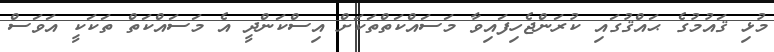
މުޅި ޤައުމުގެ ޙައްޤުގައި ކުރަންޖެހިފައިވާ މަސައްކަތްތަކަށް އިސްކަންދީ އެ މަސައްކަތް ތަކަކީ އަވަސް